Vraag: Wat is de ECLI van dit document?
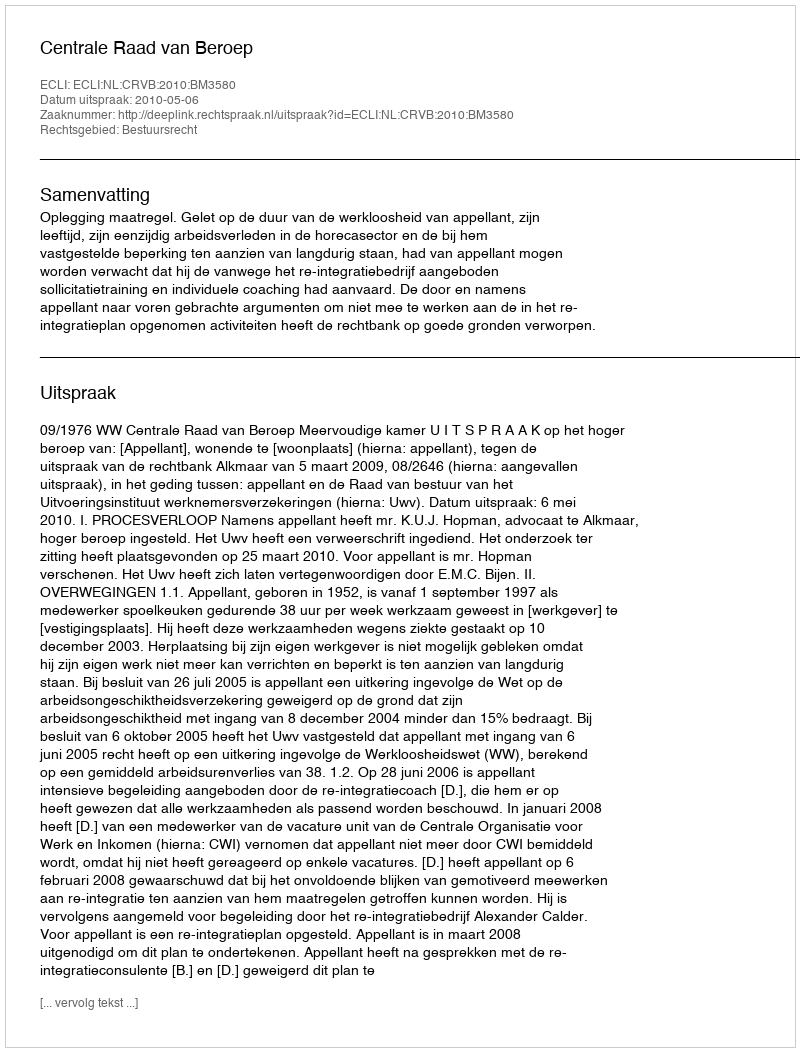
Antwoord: ECLI:NL:CRVB:2010:BM3580